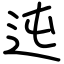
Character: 迍